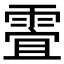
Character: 𲊀